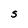
Character: S